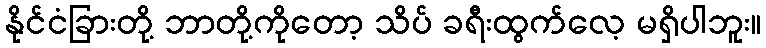
နိုင်ငံခြားတို့ ဘာတို့ကိုတော့ သိပ် ခရီးထွက်လေ့ မရှိပါဘူး။